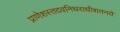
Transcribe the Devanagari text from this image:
प्राणेशस्तदवनिधराधीशतनये